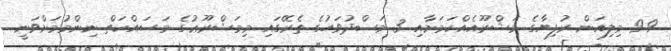
9.9 މިލިއަން ރުފިޔާގެ މަޝްރޫއެއްކަމަށާއި 3 މަސްދުވަހުގެ ތެރޭގައި މިމަޝްރޫޢުގެ މަސައްކަތް ނިންމުމަށްވަނީ